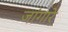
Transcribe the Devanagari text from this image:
जांगारे